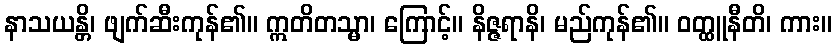
နာသယန္တိ၊ ဖျက်ဆီးကုန်၏။ ဣတိတသ္မာ၊ ကြောင့်။ နိဇ္ဇရာနိ၊ မည်ကုန်၏။ ဝတ္ထူနီတိ၊ ကား။